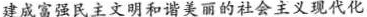
建成富强民主文明和谐美丽的社会主义现代化